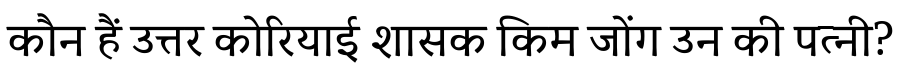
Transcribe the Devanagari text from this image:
कौन हैं उत्तर कोरियाई शासक किम जोंग उन की पत्नी?